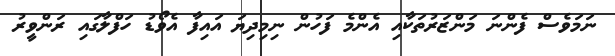
ނަމަވެސް ފެންނަ މަންޒަރުތަކާއި އެންމެ ފަހުން ނިމިދިޔަ އައިފާ އެވޯޑު ހަފްލާގައި ރަންވީރު